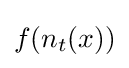
f(n_{t}(x))